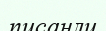
писанли